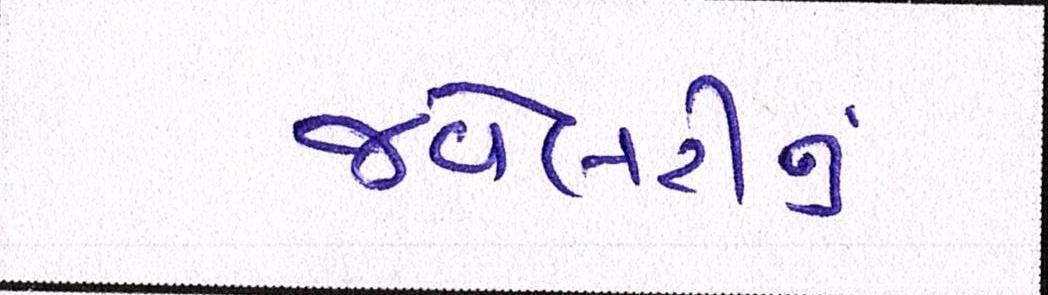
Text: જવેલરીનું